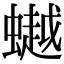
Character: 𧑅